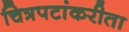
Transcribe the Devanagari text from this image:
चित्रपटांकरीता